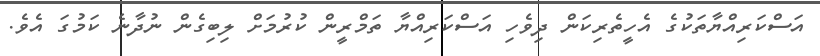
އަސްކަރިއްޔާތަކުގެ އެހީތެރިކަން ދިވެހި އަސްކަރިއްޔާ ތަމްރީން ކުރުމަށް ލިބިގެން ނުދާނެ ކަމުގަ އެވެ.